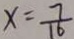
x = \frac { 7 } { 1 6 }